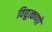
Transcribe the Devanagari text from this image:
विद्युत्कणों